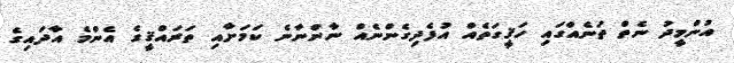
އުންމީދު ނެތް ތަނެއްގައި ހަޤީގަތެއް އުފެދިގެންނެއް ނާންނާނެ ކަމަށާއި ތަރައްޤީގެ އެންމެ އާދައިގެ